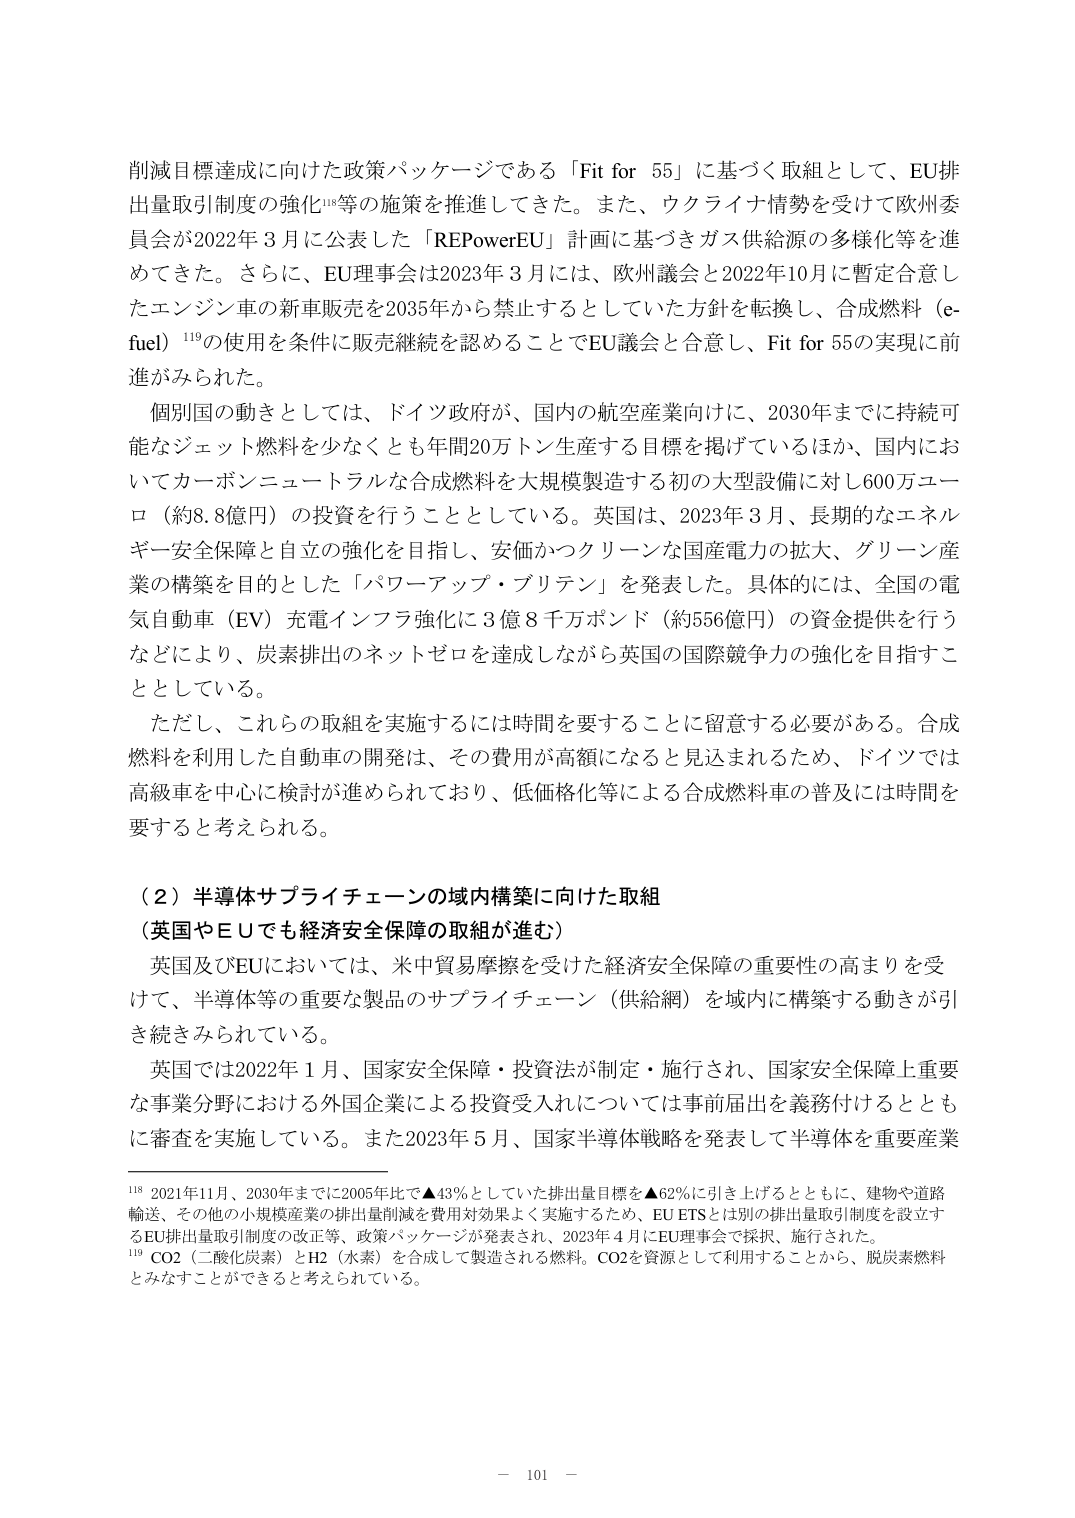
削減目標達成に向けた政策パッケージである「Fit for 55」に基づく取組として、EU排出量取引制度の強化¹¹⁸等の施策を推進してきた。また、ウクライナ情勢を受けて欧州委員会が2022年3月に公表した「REPowerEU」計画に基づきガス供給源の多様化等を進めてきた。さらに、EU理事会は2023年3月には、欧州議会と2022年10月に暫定合意したエンジン車の新車販売を2035年から禁止するとしていた方針を転換し、合成燃料（e-fuel）¹¹⁹の使用を条件に販売継続を認めることでEU議会と合意し、Fit for 55の実現に前進がみられた。

個別国の動きとしては、ドイツ政府が、国内の航空産業向けに、2030年までに持続可能なジェット燃料を少なくとも年間20万トン生産する目標を掲げているほか、国内においてカーボンニュートラルな合成燃料を大規模製造する初の大型設備に対し600万ユーロ（約8.8億円）の投資を行うこととしている。英国は、2023年3月、長期的なエネルギー安全保障と自立の強化を目指し、安価かつクリーンな国産電力の拡大、グリーン産業の構築を目的とした「パワーアップ・ブリテン」を発表した。具体的には、全国の電気自動車（EV）充電インフラ強化に3億8千万ポンド（約556億円）の資金提供を行うなどにより、炭素排出のネットゼロを達成しながら英国の国際競争力の強化を目指すとしている。

ただし、これらの取組を実施するには時間を要することに留意する必要がある。合成燃料を利用した自動車の開発は、その費用が高額になると見込まれるため、ドイツでは高級車を中心に検討が進められており、低価格化等による合成燃料車の普及には時間を要すると考えられる。

（2）半導体サプライチェーンの域内構築に向けた取組
（英国やＥＵでも経済安全保障の取組が進む）

英国及びEUにおいては、米中貿易摩擦を受けた経済安全保障の重要性の高まりを受けて、半導体等の重要な製品のサプライチェーン（供給網）を域内に構築する動きが引き続きみられている。

英国では2022年1月、国家安全保障・投資法が制定・施行され、国家安全保障上重要な事業分野における外国企業による投資受入れについては事前届出を義務付けるとともに審査を実施している。また2023年5月、国家半導体戦略を発表して半導体を重要産業

¹¹⁸ 2021年11月、2030年までに2005年比で▲43％としていた排出量目標を▲62％に引き上げるとともに、建物や道路輸送、その他の小規模産業の排出量削減を費用対効果よく実施するため、EU ETSとは別の排出量取引制度を設立するEU排出量取引制度の改正等、政策パッケージが発表され、2023年4月にEU理事会で採択、施行された。
¹¹⁹ CO2（二酸化炭素）とH2（水素）を合成して製造される燃料。CO2を資源として利用することから、脱炭素燃料とみなすことができると考えられている。

－ 101 －